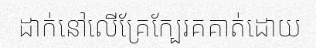
ដាក់នៅលើគ្រែក្បែរគគាត់ដោយ